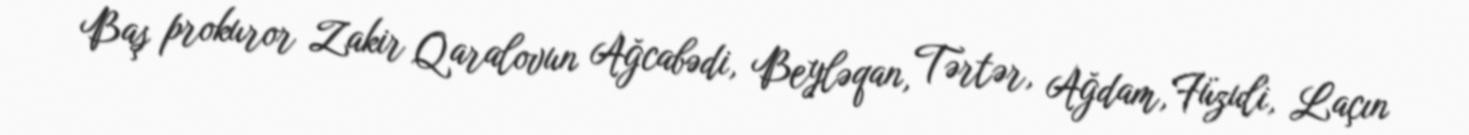
Baş prokuror Zakir Qaralovun Ağcabədi, Beyləqan, Tərtər, Ağdam, Füzuli, Laçın